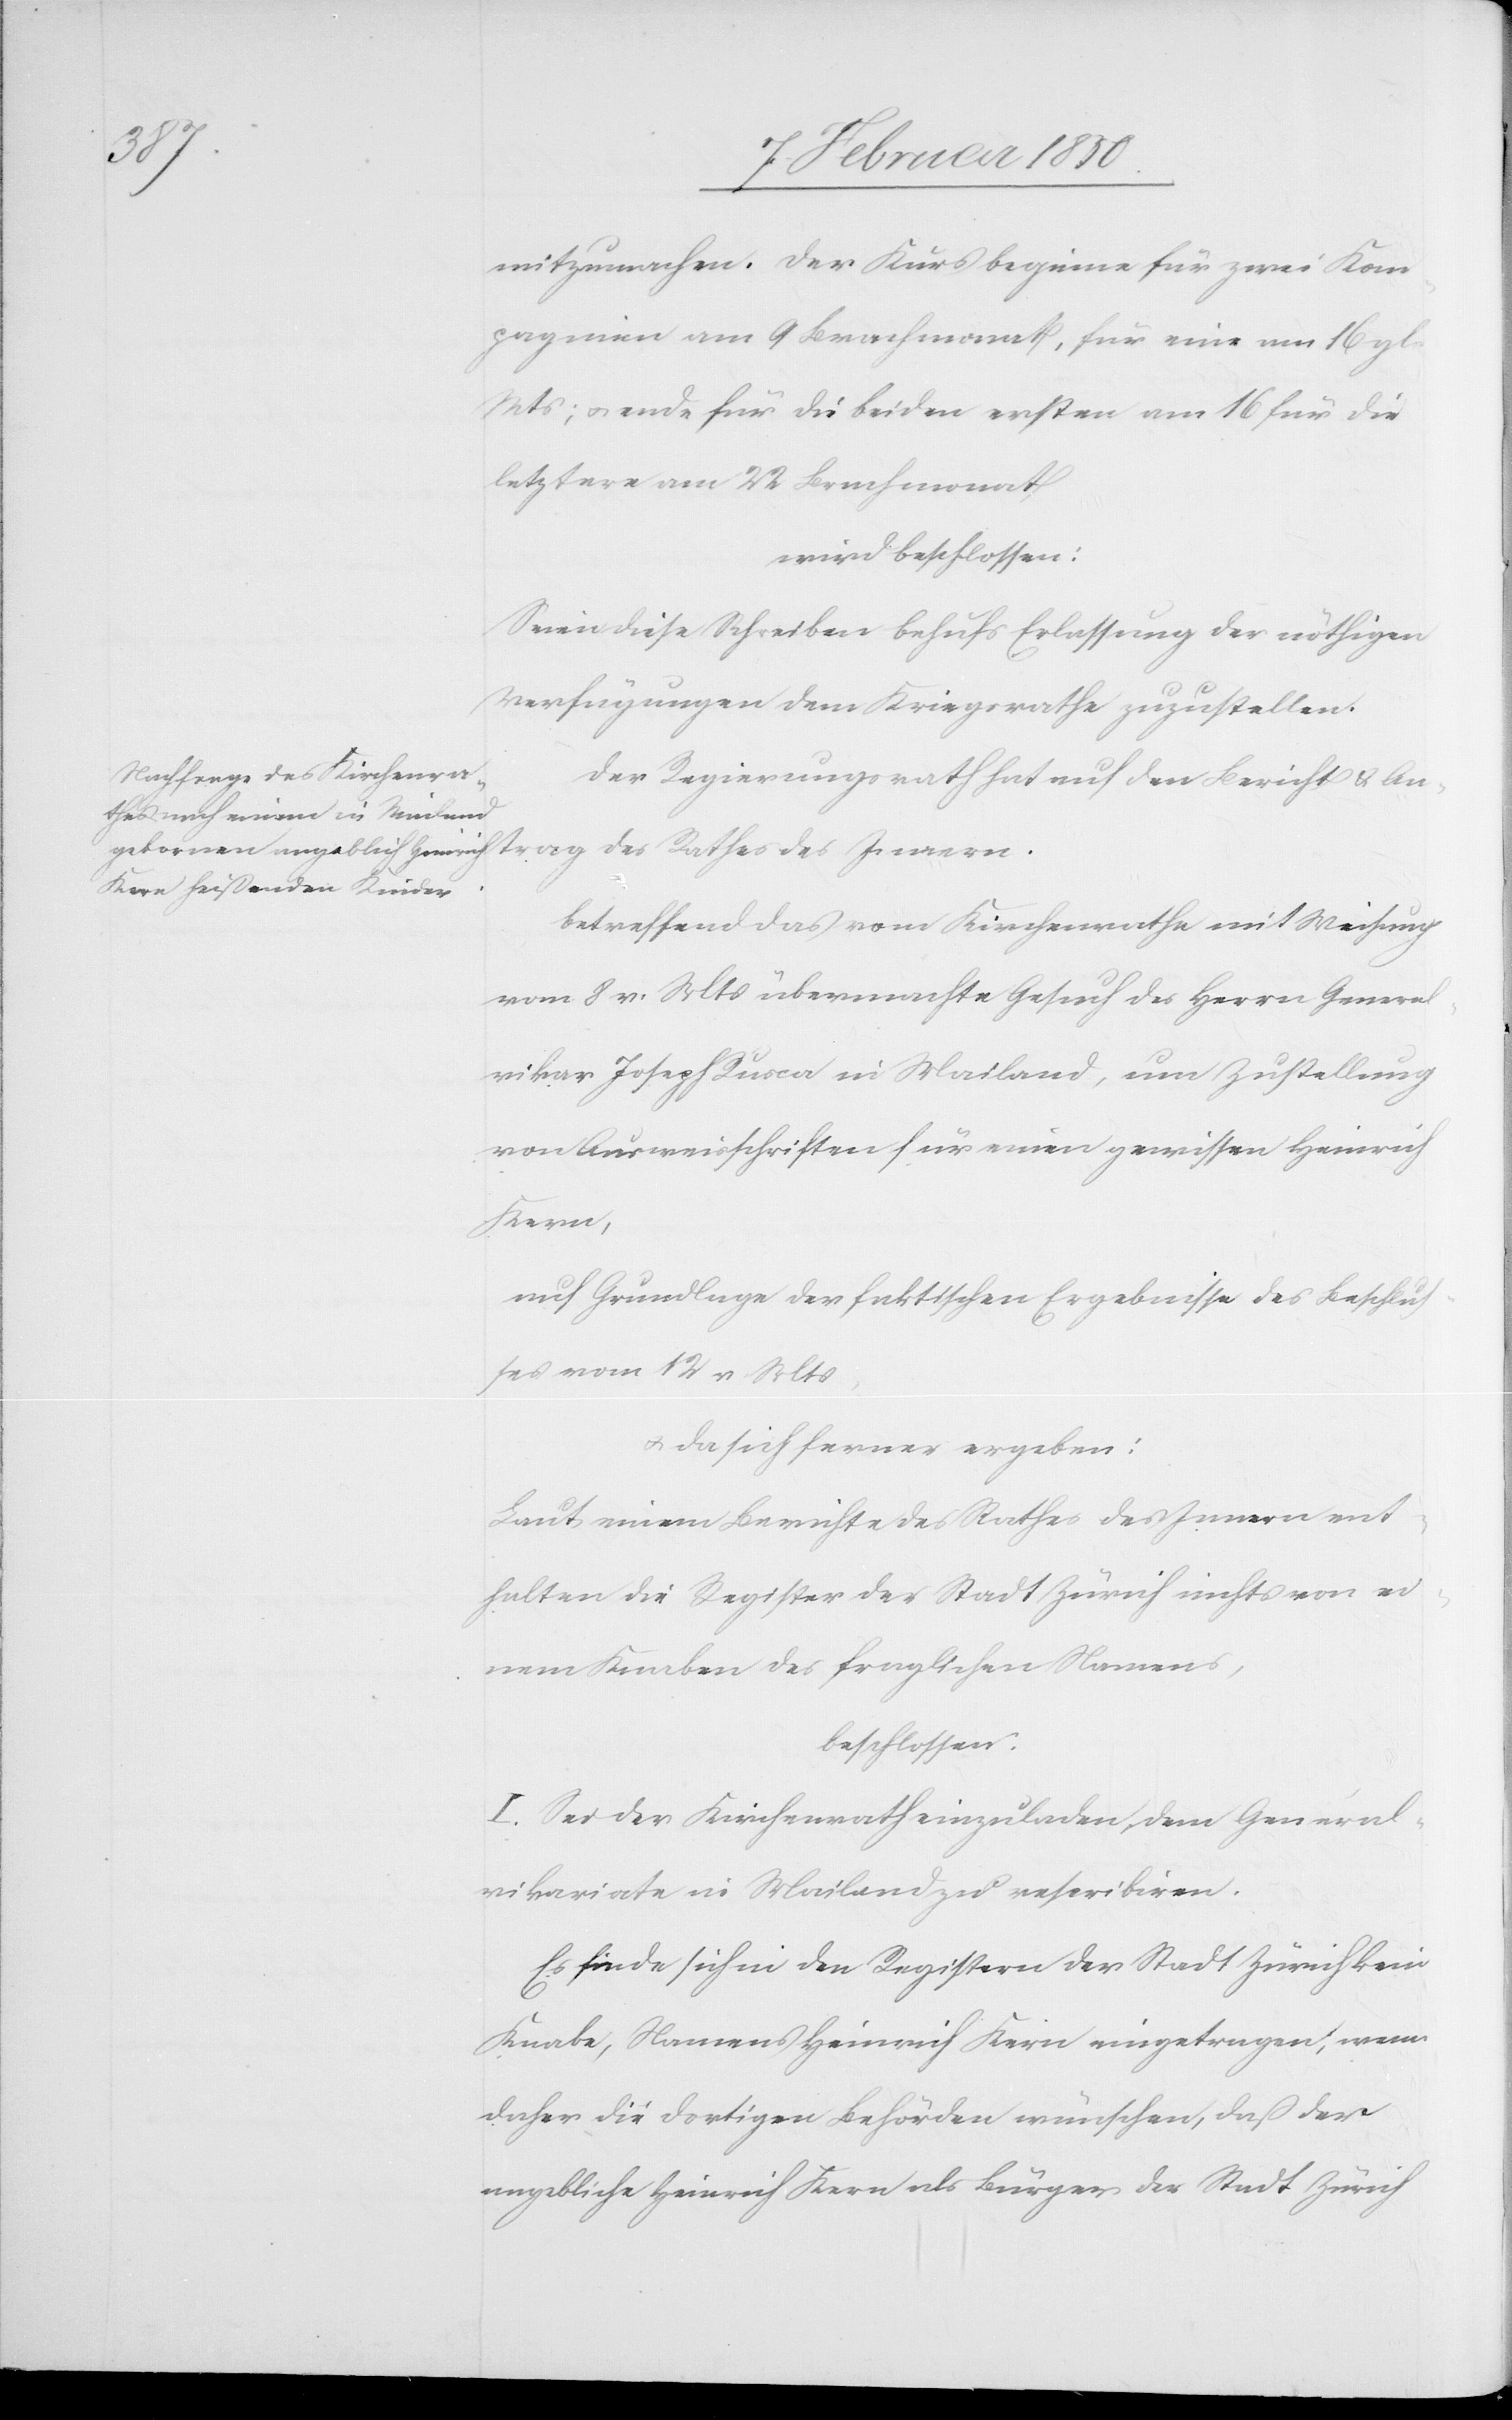
trag
mitzumachen. Der Kurs beginne für zwei Kom¬
pagnien am 9 Brachmonat, für eine am 16 gl.
Mts; u. ende für die beiden ersten am 16 für die
letztere am 22 Brachmonat
wird beschlossen:
Seien diese Schreiben behufs Erlassung der nöthigen
Verfügungen dem Kriegsrathe zuzustellen.
Der Regierungsrath hat auf den Bericht u. An¬
betreffend das vom Kirchenrathe mit Weisung
vom 8 v. Mts übermachte Gesuch des Herrn General¬
vikar Joseph Rusca in Mailand, um Zustellung
von Ausweisschriften für einen gewissen Heinrich
Kern,
auf Grundlage der faktischen Ergebnisse des Beschlus¬
ses vom 12 v Mts,
u. da sich ferner ergeben:
Laut einem Berichte des Rathes des Innern ent¬
halten die Register der Stadt Zürich nichts von ei¬
nem Knaben des fraglichen Namens,
beschlossen:
I. Sei der Kirchenrath einzuladen, dem General¬
vikariate in Mailand zu rescribiren.
Es finde sich in den Registern der Stadt Zürich kein
Knabe, Namens Heinrich Kern eingetragen; wenn
daher die dortigen Behörden wünschen, daß der
angebliche Heinrich Kern als Bürger der Stadt Zürich